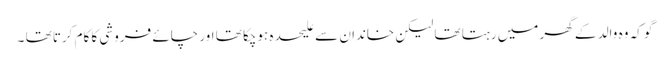
گو کہ وہ والد کے گھر میں رہتا تھا لیکن خاندان سے علیحدہ ہوچکا تھا اور چائے فروشی کا کام کرتا تھا ۔